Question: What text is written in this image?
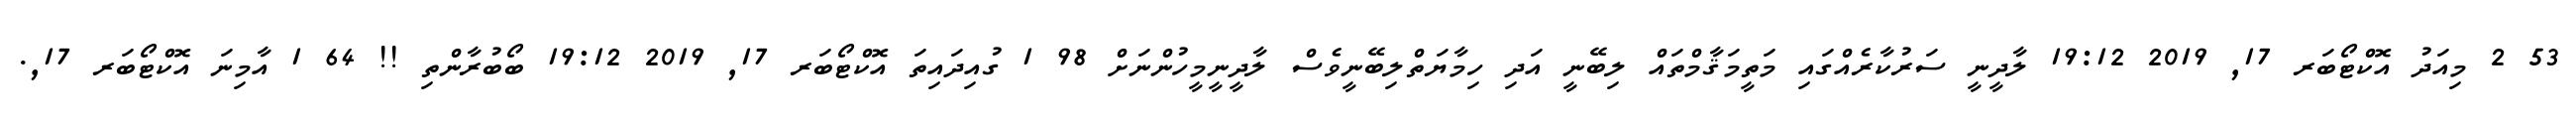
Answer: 53 2 މިއަދު އޮކްޓޯބަރ 17, 2019 19:12 ލާދީނީ ސަރުކާރެއްގައި މަތީމަޤާމްތައް ލިބޭނީ އަދި ހިމާޔަތްލިބޭނީވެސް ލާދީނީމީހުންނަށް 98 1 ގުއިދައިތަ އޮކްޓޯބަރ 17, 2019 19:12 ބޯބުރާންތި !! 64 1 އާމިނަ އޮކްޓޯބަރ 17,.